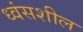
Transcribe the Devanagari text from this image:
ध्वंसशील